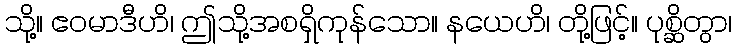
သို့။ ဧဝမာဒီဟိ၊ ဤသို့အစရှိကုန်သော။ နယေဟိ၊ တို့ဖြင့်။ ပုစ္ဆိတွာ၊